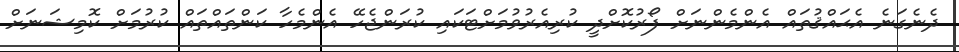
ދެނެގަނެ އެޙައްޤުތައް އެންމެންނަށް ފޯރުކޮށްދީ ކުރިއެރުވުމަށްޓަކައި ކުރަންޖެހޭ އެންމެހާ ކަންތައްތައް ކުރުމަށް ކޮމިޝަނަށް